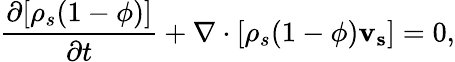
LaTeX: \frac{\partial[\rho_{s}(1-\phi)]}{\partial t}+\nabla\cdot[\rho_{s}(1-\phi)\mathbf{v_{s}}]=0,